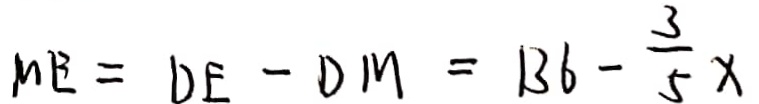
M E = D E - - D M = B b - \frac { 3 } { 5 } x